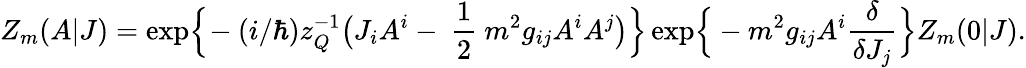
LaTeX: Z_{m}(A|J)=\mathrm{exp}\Bigr\{ \! -(i/\hbar)z_{Q}^{-1}\bigr(J_{i}A^{i}-\mathrm{~\frac{1}{2}~}m^{2}g_{ij}A^{i}A^{j}\bigr)\Bigr\} \, \mathrm{exp}\Bigr\{ -m^{2}g_{ij}A^{i}\frac{\delta}{\delta J_{j}}\Bigr\} Z_{m}(0|J).